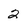
Character: 2